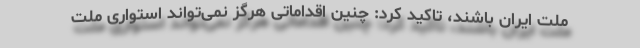
ملت ایران باشند، تاکید کرد: چنین اقداماتی هرگز نمی‌تواند استواری ملت